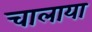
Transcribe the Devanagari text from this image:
चालाया